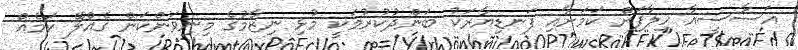
އަސާސީއާ ހިލާފަށް ކަމަށާއި ފަނޑިޔާރަކު ބަންދުކުރުމަކީ މުޅި ނިޒާމުގެ މިނިވަންކަން ގެއްލޭ ކަމެއް